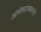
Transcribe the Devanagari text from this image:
अलंकारासारखे